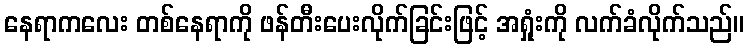
နေရာကလေး တစ်နေရာကို ဖန်တီးပေးလိုက်ခြင်းဖြင့် အရှုံးကို လက်ခံလိုက်သည်။